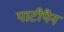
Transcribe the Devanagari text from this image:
पाटीपैन